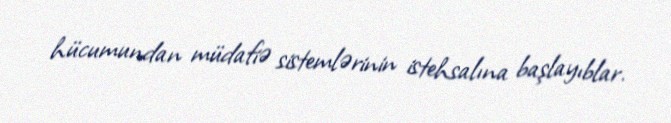
hücumundan müdafiə sistemlərinin istehsalına başlayıblar.